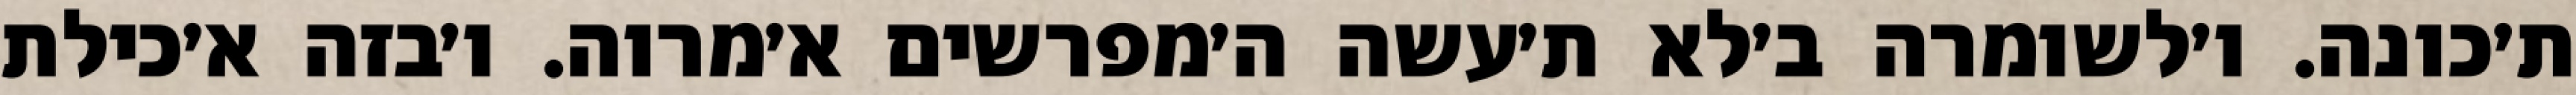
ת׳כונה. ו׳לשומרה ב׳לא ת׳עשה ה׳מפרשים א׳מרוה. ו׳בזה א׳כילת